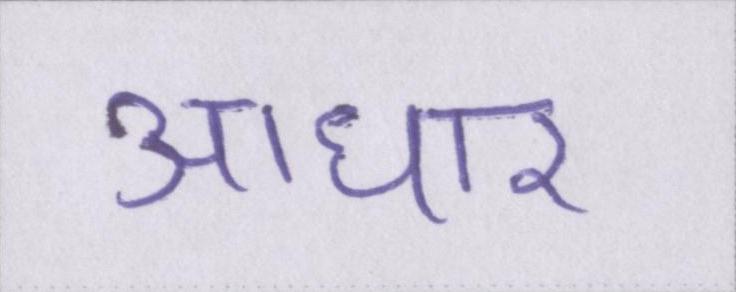
आधार